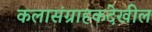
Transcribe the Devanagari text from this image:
कलासंग्राहकदेखील